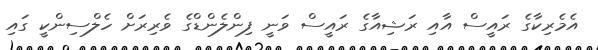
އެމެރިކާގެ ރައީސް އާއި ރަޝިއާގެ ރައީސް ވަނީ ފިންލެންޑްގެ ވެރިރަށް ހެލްސިންކީ ގައި